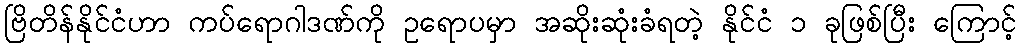
ဗြိတိန်နိုင်ငံဟာ ကပ်ရောဂါဒဏ်ကို ဥရောပမှာ အဆိုးဆုံးခံရတဲ့ နိုင်ငံ ၁ ခုဖြစ်ပြီး ကြောင့်